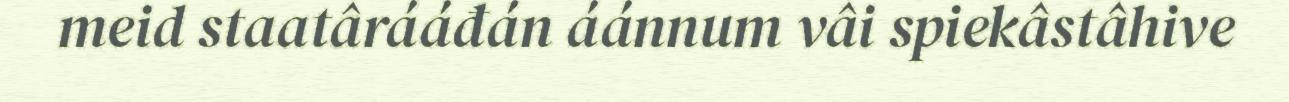
meid staatârááđán áánnum vâi spiekâstâhive